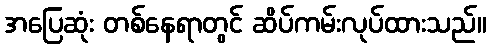
အပြေဆုံး တစ်နေရာတွင် ဆိပ်ကမ်းလုပ်ထားသည်။